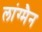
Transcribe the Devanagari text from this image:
लांग्मैन